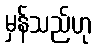
မှန်သည်ဟု